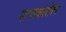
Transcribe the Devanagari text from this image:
सजवतील